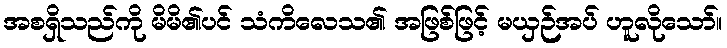
အစရှိသည်ကို မိမိ၏ပင် သံကိလေသ၏ အဖြစ်ဖြင့် မယှဉ်အပ် ဟူလိုသော်။